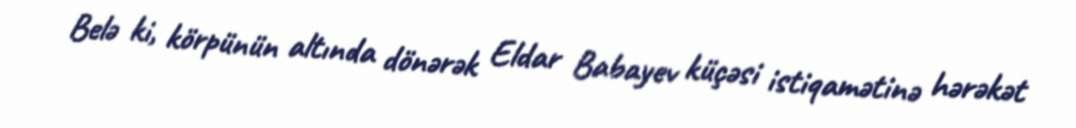
Belə ki, körpünün altında dönərək Eldar Babayev küçəsi istiqamətinə hərəkət